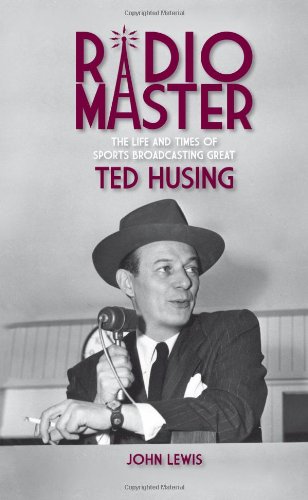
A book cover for Radio Master - The Life and Times of Sports Broadcasting Great Ted Husing; John Lewis; Humor & Entertainment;